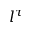
l ^ { \tau }